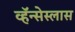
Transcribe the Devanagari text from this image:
व्हॅन्सेस्लास